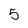
Character: 5